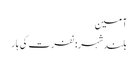
آمین
بلندشہر: نفرت کی ہار